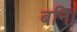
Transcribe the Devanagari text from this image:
बनि।